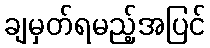
ချမှတ်ရမည့်အပြင်